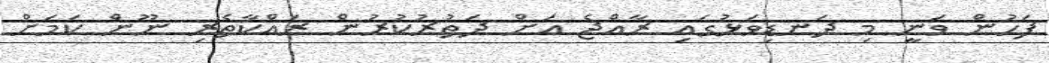
ފަހުން ވަނީ މި ދަނޑިވަޅުގައި ރާއްޖެ އަށް ދަތުރުކުރުން ރައްކާތެރި ނޫން ކަމަށް